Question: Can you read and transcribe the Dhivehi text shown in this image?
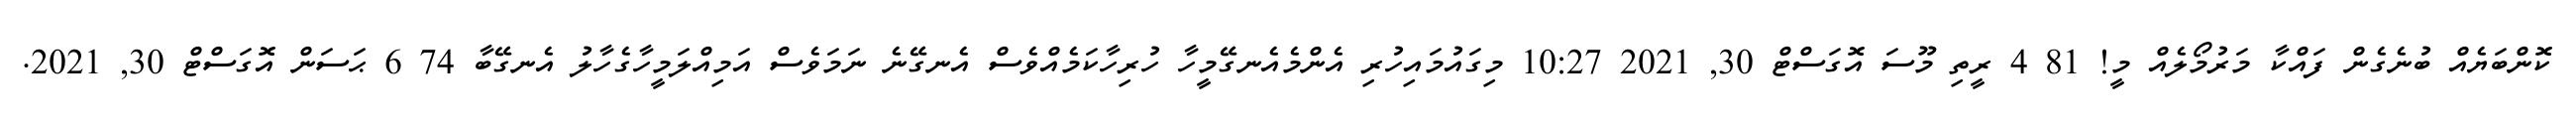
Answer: ކޮންބަޔެއް ބުނެގެން ފައްކާ މަރުމޯލެއް މީ! 81 4 ރީތި މޫސަ އޮގަސްޓް 30, 2021 10:27 މިގައުމައިހުރި އެންމެއެނގޭމީހާ ހުރިހާކަމެއްވެސް އެނގޭނެ ނަމަވެސް އަމިއްލަމީހާގެހާލު އެނގޭބާ 74 6 ޙަސަން އޮގަސްޓް 30, 2021.